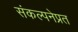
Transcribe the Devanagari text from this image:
संकल्पनेप्रत